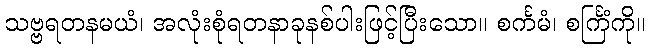
သဗ္ဗရတနမယံ၊ အလုံးစုံရတနာခုနစ်ပါးဖြင့်ပြီးသော။ စင်္ကမံ၊ စင်္ကြံကို။